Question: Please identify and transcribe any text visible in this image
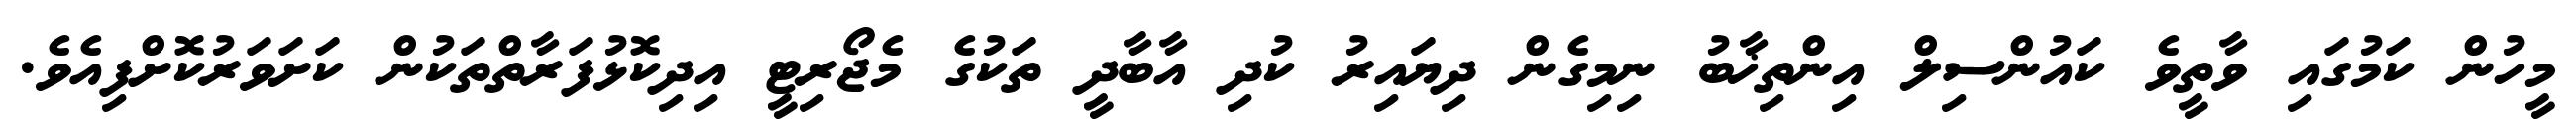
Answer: މީހުން ކަމުގައި ވާތީވެ ކައުންސިލް އިންތިޚާބު ނިމިގެން ދިޔައިރު ކުދި އާބާދީ ތަކުގެ މެޖޯރިޓީ އިދިކޮޅުފަރާތްތަކުން ކަށަވަރުކޮށްފިއެވެ.